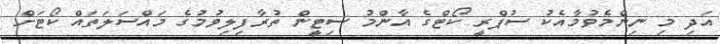
އަދި މި ނިންމެވުމާއެކު ސުޕްރީ ކޯޓްގެ އާންމު ސިޓީން ތުރާފިލިވުމުގެ މައްސަލަތައް ކޯޓަށް